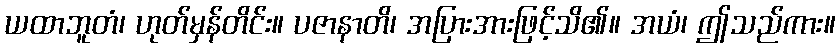
ယထာဘူတံ၊ ဟုတ်မှန်တိင်း။ ပဇာနာတိ၊ အပြားအားဖြင့်သိ၏။ အယံ၊ ဤသည်ကား။